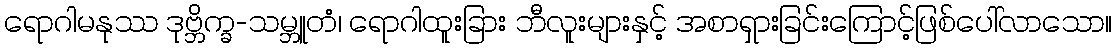
ရောဂါမနုဿ ဒုဗ္ဘိက္ခ-သမ္ဘူတံ၊ ရောဂါထူးခြား ဘီလူးများနှင့် အစာရှားခြင်းကြောင့်ဖြစ်ပေါ်လာသော။